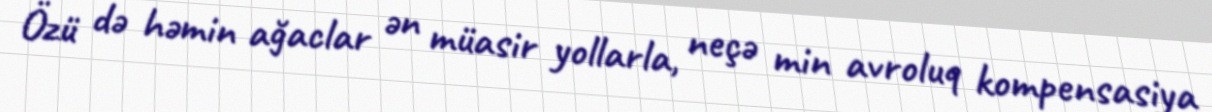
Özü də həmin ağaclar ən müasir yollarla, neçə min avroluq kompensasiya